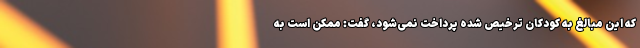
که این مبالغ به کودکان ترخیص شده پرداخت نمی‌شود، گفت: ممکن است به